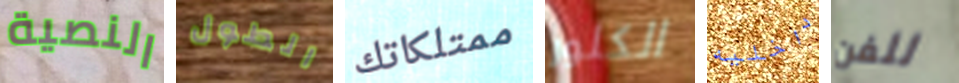
النصية الطول ممتلكاتك الكلور داخليه للفن